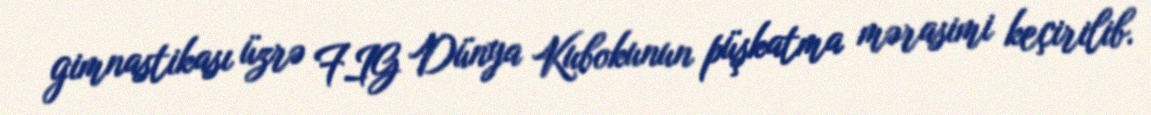
gimnastikası üzrə FIG Dünya Kubokunun püşkatma mərasimi keçirilib.